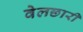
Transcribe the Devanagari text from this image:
वेलछारी